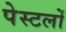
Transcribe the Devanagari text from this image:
पेस्टलों